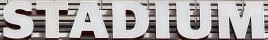
STADIUM